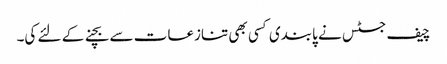
چیف جسٹس نے پابندی کسی بھی تنازعات سے بچنے کے لئے کی۔